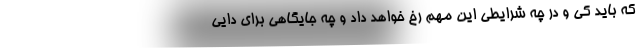
که باید کی و در چه شرایطی این مهم رخ خواهد داد و چه جایگاهی برای دایی